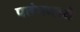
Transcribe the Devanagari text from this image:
पतंगमध्ये